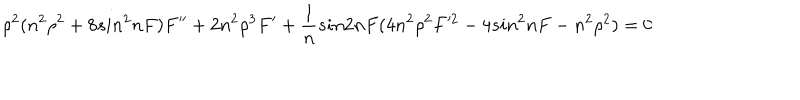
LaTeX: \rho ^ { 2 } ( n ^ { 2 } \rho ^ { 2 } + 8 s i n ^ { 2 } n F ) F ^ { \prime \prime } + 2 n ^ { 2 } \rho ^ { 3 } F ^ { \prime } + \frac { 1 } { n } s i n 2 n F ( 4 n ^ { 2 } \rho ^ { 2 } F ^ { 2 } - 4 s i n ^ { 2 } n F - n ^ { 2 } \rho ^ { 2 } ) = 0